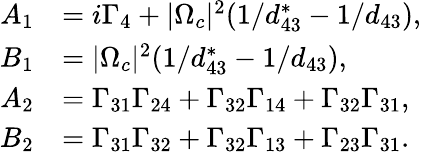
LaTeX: \begin{array}{rl}{A_{1}}&{=i\Gamma_{4}+|\Omega_{c}|^{2}(1/d_{43}^{\ast}-1/d_{43}),}\\ {B_{1}}&{=|\Omega_{c}|^{2}(1/d_{43}^{\ast}-1/d_{43}),}\\ {A_{2}}&{=\Gamma_{31}\Gamma_{24}+\Gamma_{32}\Gamma_{14}+\Gamma_{32}\Gamma_{31},}\\ {B_{2}}&{=\Gamma_{31}\Gamma_{32}+\Gamma_{32}\Gamma_{13}+\Gamma_{23}\Gamma_{31}.}\end{array}